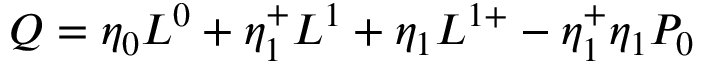
Q = \eta _ { 0 } L ^ { 0 } + \eta _ { 1 } ^ { + } L ^ { 1 } + \eta _ { 1 } L ^ { 1 + } - \eta _ { 1 } ^ { + } \eta _ { 1 } { \cal { P } } _ { 0 }